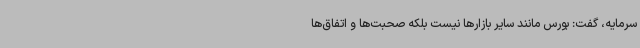
سرمایه، گفت: بورس مانند سایر بازارها نیست بلکه صحبت‌ها و اتفاق‌ها